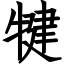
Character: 犍